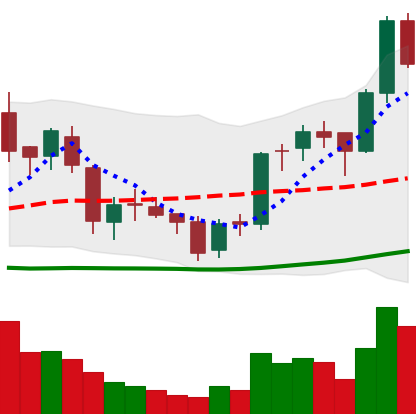
Ticker: BNB-USD
Chart end date: 2018-06-07
Forward return: -6.376%
Label: down_5_7